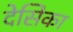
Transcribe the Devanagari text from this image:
देसिका